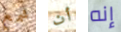
شمع أن إنه